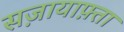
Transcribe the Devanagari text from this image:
सज़ायाफ़्ता